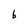
Character: b